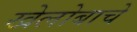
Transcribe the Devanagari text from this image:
खेलोबाचे